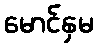
မောင်နှမ